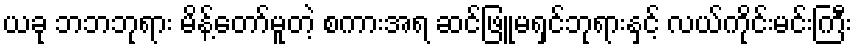
ယခု ဘဘဘုရား မိန့်တော်မူတဲ့ စကားအရ ဆင်ဖြူမရှင်ဘုရားနှင့် လယ်ကိုင်းမင်းကြီး